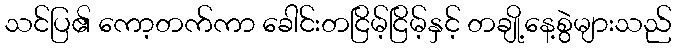
သင်ပြ၏ ကော့တက်ကာ ခေါင်းတငြိမ့်ငြိမ့်နှင့် တချို့နေ့စွဲများသည်